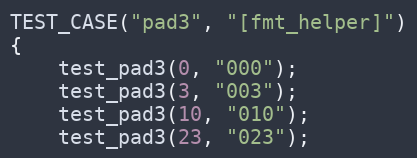
Language: C++
TEST_CASE("pad3", "[fmt_helper]")
{
    test_pad3(0, "000");
    test_pad3(3, "003");
    test_pad3(10, "010");
    test_pad3(23, "023");